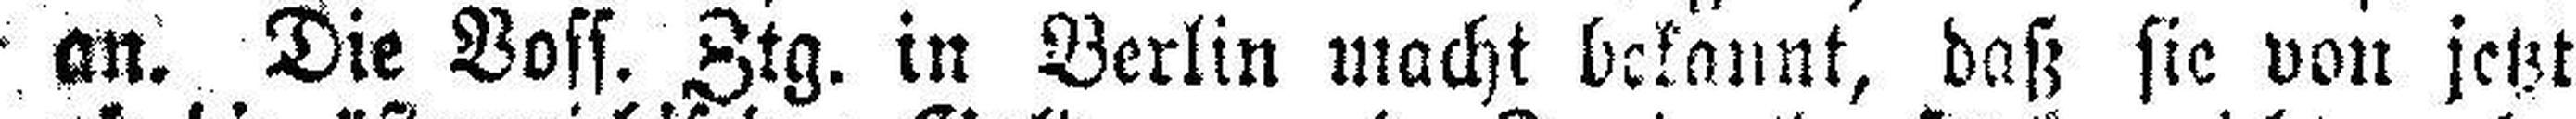
an. Die Voss. Ztg. in Berlin macht bekannt, daß sie von jetzt